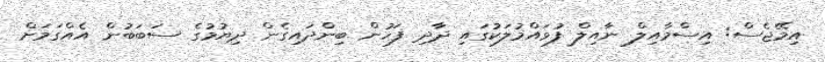
އިމޭޖެސް: އިސްމާއިލް ނާއިލް ފުވައްމުލަކުގައި ދާދި ފަހުން ބިންދައިގެން ދިޔުމުގެ ސަބަބުން އެއްގަމަށް